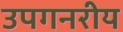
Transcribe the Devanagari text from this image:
उपगनरीय